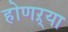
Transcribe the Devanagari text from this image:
होणऱ्या